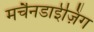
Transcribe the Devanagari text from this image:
मर्चैनडाईज़िंग